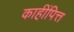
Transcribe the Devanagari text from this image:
काहींपित्त